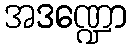
အဒဏ္ဍော